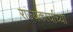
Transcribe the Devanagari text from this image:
राज्यकर्त्याच्या